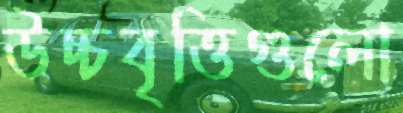
উচ্চবৃত্তিগুলো